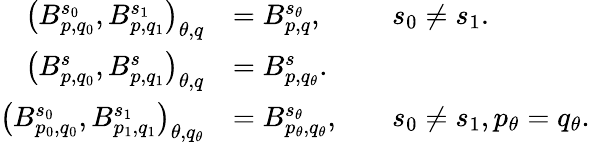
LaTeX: {\begin{array}{rlrl}{\left(B_{p,q_{0}}^{s_{0}},B_{p,q_{1}}^{s_{1}}\right)_{\theta,q}}&{=B_{p,q}^{s_{\theta}},}&&{s_{0}\neq s_{1}.}\\ {\left(B_{p,q_{0}}^{s},B_{p,q_{1}}^{s}\right)_{\theta,q}}&{=B_{p,q_{\theta}}^{s}.}\\ {\left(B_{p_{0},q_{0}}^{s_{0}},B_{p_{1},q_{1}}^{s_{1}}\right)_{\theta,q_{\theta}}}&{=B_{p_{\theta},q_{\theta}}^{s_{\theta}},}&&{s_{0}\neq s_{1},p_{\theta}=q_{\theta}.}\end{array}}